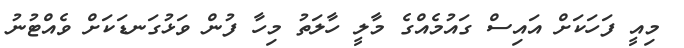
މިއީ ފަހަކަށް އައިސް ގައުމެއްގެ މާލީ ހާލަތު މިހާ ފުން ވަޅުގަނޑަކަށް ވެއްޓުނު